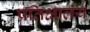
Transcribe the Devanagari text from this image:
प्रतिक्षालय